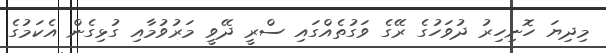
މިދިޔަ ހޮނިހިރު ދުވަހުގެ ރޭގެ ވަގުތެއްގައި ސްރީ ދޭވީ މަރުވުމާއި ގުޅިގެން އެކަމުގެ